Civil Veterinary Dept. Bombay admin report 1900-1906 - 1900-1906
Year: 1900
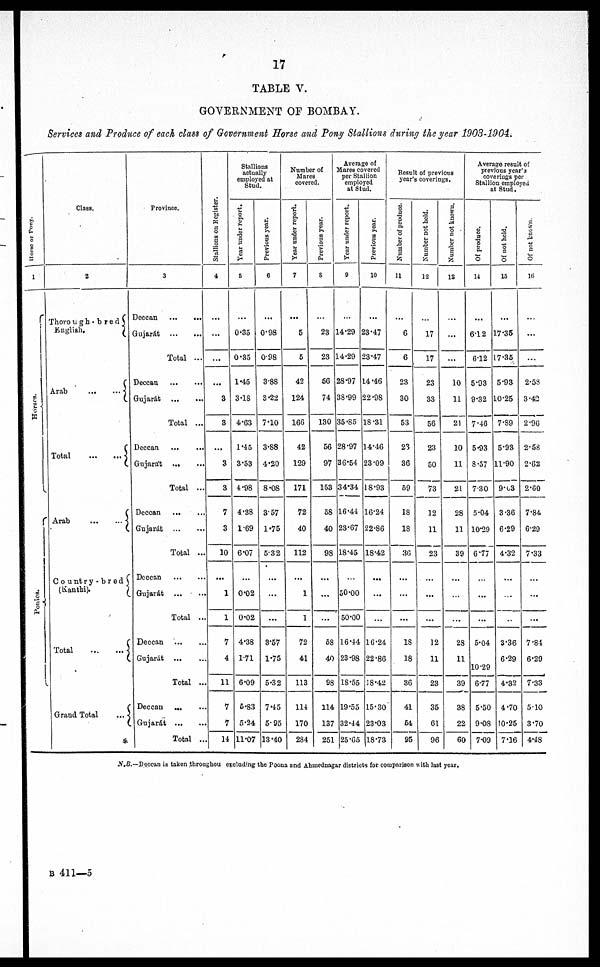
17
TABLE V.
GOVERNMENT OF BOMBAY.
Services and Produce of each class of Government Horse and Pony Stallions during the year 1903-1904.
Horse or Pony.
1
Hor s es .
Poni es .
Class.
2
Thorough-bred
English.
Arab
...
...
Total
...
...
Arab
...
...
Country-bred
(Kanthi).
Total
...
...
Grand Total
...
Province .
3
Deccan
...
...
Gujarát
...
...
Total ...
Deccan
...
...
Gujarát
...
...
Total ...
Deccan
...
...
Gujarát
...
...
Total ...
Deccan
...
...
Gujarat
...
...
Total ...
Deccan
...
...
Gujarát
...
...
Total ...
Deccan
...
...
Gujarat
...
...
Total ...
Deccan ... ..
Gujarát
...
...
Total ...
Stallions on Register.
4
...
...
...
...
3
3
...
3
3
7
3
10
...
1
1
7
4
11
7
7
14
Stallions
actually
employed at
Stud.
Year under report.
5
...
0.35
0.35
1.45
3.18
4.63
1.45
3.53
4.98
4.38
1.69
6.07
...
0.02
0.02
4.38
1.71
6.09
5.83
5.24
11.07
Previous year.
6
...
0.98
0.98
3.88
3.22
7.10
3.88
4.20
8.08
357
1.75
5.32
...
...
...
3.57
1.75
5.32
745
5.95
13.40
Number of
Mares
covered.
Year under report.
7
...
5
5
42
124
166
42
129
171
72
40
112
...
1
1
72
41
113
114
170
2S4
Previous year.
8
...
23
23
66
74
130
56
97
153
58
40
98
...
...
...
58
40
98
114
137
251
Average of
Mares covered
per Stallion
employed
at Stud.
Year under report.
9
...
14.29
14.29
28.97
38.99
35.85
28.97
36.54
34.34
16.44
23.67
18.45
...
50.00
50.00
16.44
23.98
18.55
19.55
32.44
25.65
Previous year.
10
...
23.47
23.47
14.46
22.98
18.31
14.46
23.09
18.93
16.24
22.86
18.42
...
...
...
16.24
22.86
18.42
15.30
23.03
18.73
Result of previous
year's coverings.
Number of produce.
11
...
6
6
23
30
53
23
36
59
18
18
36
...
...
...
18
18
36
41
54
95
Number not held.
12
...
17
17
23
33
56
23
50
73
12
11
23
...
...
...
12
11
23
35
61
96
Number not known.
13
...
...
...
10
11
21
10
11
21
28
11
39
...
...
...
28
11
39
38
22
60
Average result of
previous year's
coverings per
Stallion employed
at Stud.
Of produce.
14
...
6.12
6.12
5.93
9.32
7.46
5.93
8.57
7.30
5.04
10.29
6.77
...
...
...
5.04
10.29
6.77
5.50
9.08
7.09
Of not held.
15
...
17.35
17.35
5.93
10.25
7.89
5.93
11.90
9.03
3.36
6.29
4.32
...
...
...
3.36
6.29
4.32
4.70
10.25
7.16
Of not known.
16
...
...
...
2.58
3.42
2.96
2.58
2.62
2.60
7.84
6.29
7.33
...
...
...
7.84
6.29
7.33
5.10
3.70
4.48
N.B.—Deccan is taken throughou excluding the Poona and Ahmednagar districts for comparison with last year.
B 411—5